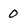
Character: 0